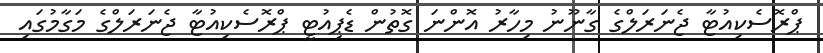
ޕްރޮސެކިއުޓާ ޖެނަރަލްގެ ގާނޫނު މިހާރު އޮންނަ ގޮތުން ޑެޕިއުޓީ ޕްރޮސެކިއުޓާ ޖެނަރަލްގެ މަގާމުގައި